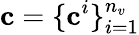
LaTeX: \mathbf{c}=\{ \mathbf{c}^{i}\} _{i=1}^{n_{v}}